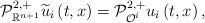
\begin{align*}\mathcal{P}_{\mathbb{R}^{n+1}}^{2,+}\widetilde{u}_{i}\left(t,x\right)=\mathcal{P}_{\mathcal{O}^{i}}^{2,+}u_{i}\left(t,x\right), \end{align*}